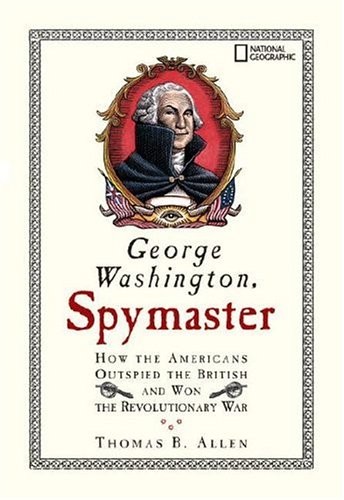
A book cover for George Washington, Spymaster: How the Americans Outspied the British and Won the Revolutionary War; Thomas B. Allen; History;